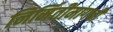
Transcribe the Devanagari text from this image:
निर्मितीमागची